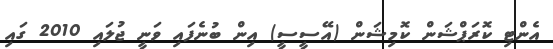
އެންޓި ކޮރަޕްޝަން ކޮމިޝަން (އޭސީސީ) އިން ބުނެފައި ވަނީ ޖުލައި 2010 ގައި